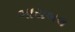
બાયબલ